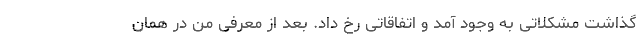
گذاشت مشکلاتی به وجود آمد و اتفاقاتی رخ داد. بعد از معرفی من در همان